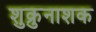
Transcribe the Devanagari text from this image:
शुक्रुनाशक